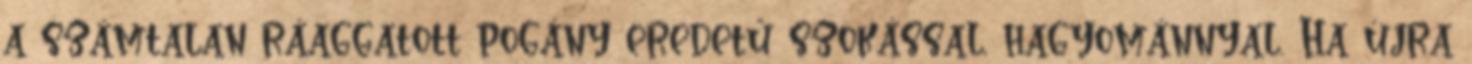
a számtalan ráaggatott pogány eredetű szokással, hagyománnyal. Ha újra